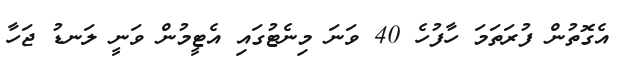
އެގޮތުން ފުރަތަމަ ހާފުހެ 40 ވަނަ މިނެޓުގައި އެޓީމުން ވަނީ ލަނޑު ޖަހާ